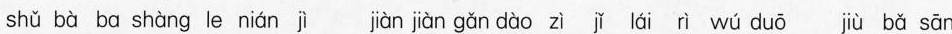
shǔ bà ba shàng le nián ji jiàn jiàn gǎn dào zì jǐ lái rì wú duō jiù bǎ sān